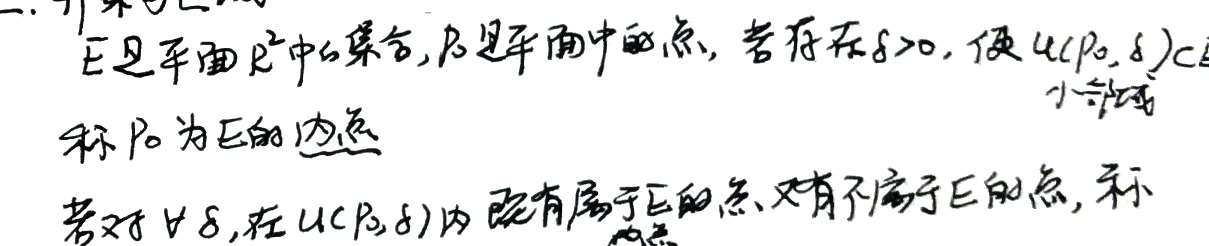
二、开集相关

\(E\)是平面\(\mathbb{R}^{2}\)中的集合，\(P_0\)是平面中的点，若存在\(\delta > 0\)，使\(U(P_0,\delta)\subset E\)，则称\(P_0\)为\(E\)的内点。若对\(\forall\delta\)，在\(U(P_0,\delta)\)内既有属于\(E\)的点，又有不属于\(E\)的点，称